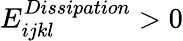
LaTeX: E_{ijkl}^{Dissipation}>0